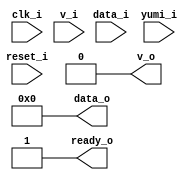
module bsg_empty_cell (
    input clk_i
    ,input reset_i
    ,input v_i          
    ,input [9:0] data_i
    ,output ready_o
    ,output v_o
    ,output [9:0] data_o
    ,input yumi_i
  );
  
  // tieoff
  assign ready_o = 1'b1;
  assign v_o = 1'b0;
  assign data_o = '0;

endmodule